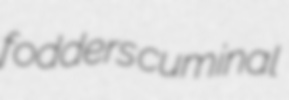
fodders cuminal